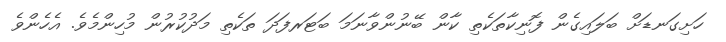
ހަށިގަނޑަށް ބަލައިގެން ފޮނިކާތަކެތި ކާން ބޭނުންވާނަމަ ބަޓަރފަދަ ތަކެތި މަދުކުރުން މުހިންމެވެ. އެހެންވެ